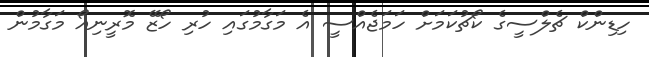
ހިޑިންކް ޗެލްސީގެ ކޯޗުކަމަށް ހަމަޖެއްސީ އެ މަގާމުގައި ހުރި ހޯޒޭ މޮރީނިއޯ މަގާމުން